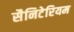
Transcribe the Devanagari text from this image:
सैनिटेरियम